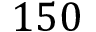
1 5 0